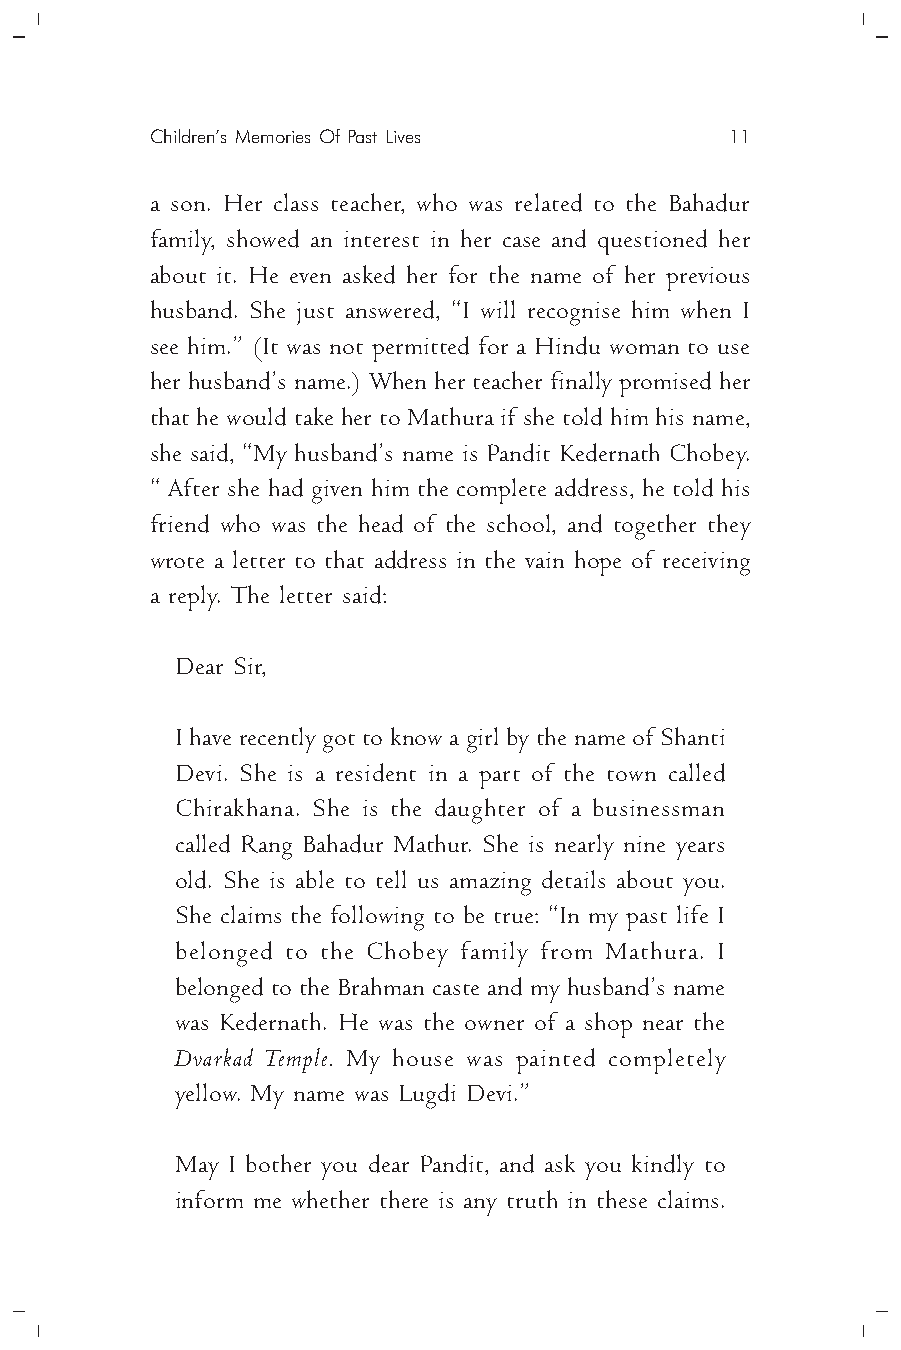
Children’s Memories Of Past Lives     11
 a son. Her class teacher, who was related to the Bahadur
 family, showed an interest in her case and questioned her
 about it. He even asked her for the name of her previous
 husband. She just answered, “I will recognise him when I
 see him.” (It was not permitted for a Hindu woman to use
 her husband’s name.) When her teacher finally promised her
 that he would take her to Mathura if she told him his name,
 she said, “My husband’s name is Pandit Kedernath Chobey.
 “ After she had given him the complete address, he told his
 friend who was the head of the school, and together they
 wrote a letter to that address in the vain hope of receiving
 a reply. The letter said:
 Dear Sir,
 I have recently got to know a girl by the name of Shanti
 Devi. She is a resident in a part of the town called
 Chirakhana. She is the daughter of a businessman
 called Rang Bahadur Mathur. She is nearly nine years
 old. She is able to tell us amazing details about you.
 She claims the following to be true: “In my past life I
 belonged to the Chobey family from Mathura. I
 belonged to the Brahman caste and my husband’s name
 was Kedernath. He was the owner of a shop near the
 Dvarkad Temple. My house was painted completely
 yellow. My name was Lugdi Devi.”
 May I bother you dear Pandit, and ask you kindly to
 inform me whether there is any truth in these claims.